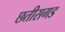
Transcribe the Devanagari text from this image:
छतीसगड